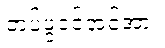
တပ်ဖွဲ့ဝင်အင်အား